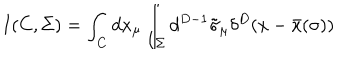
LaTeX: I ( C , \Sigma ) = \int _ { C } d x _ { \mu } \int _ { \Sigma } d ^ { D - 1 } \tilde { \sigma } _ { \mu } \delta ^ { D } ( x - \bar { x } ( \sigma ) )